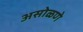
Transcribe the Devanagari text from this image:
असोळणे